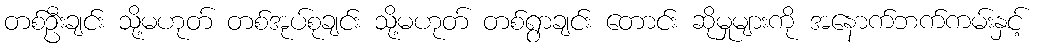
တစ်ဦးချင်း သို့မဟုတ် တစ်အုပ်စုချင်း သို့မဟုတ် တစ်ရွာချင်း တောင်း ဆိုမှုများကို အနောက်ဘက်ကမ်းနှင့်